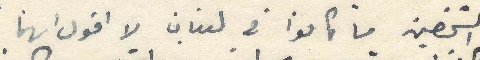
الشخصين ما كانوا في لبنان لا اقول انهما